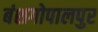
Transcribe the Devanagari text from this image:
बंशगोपालपुर